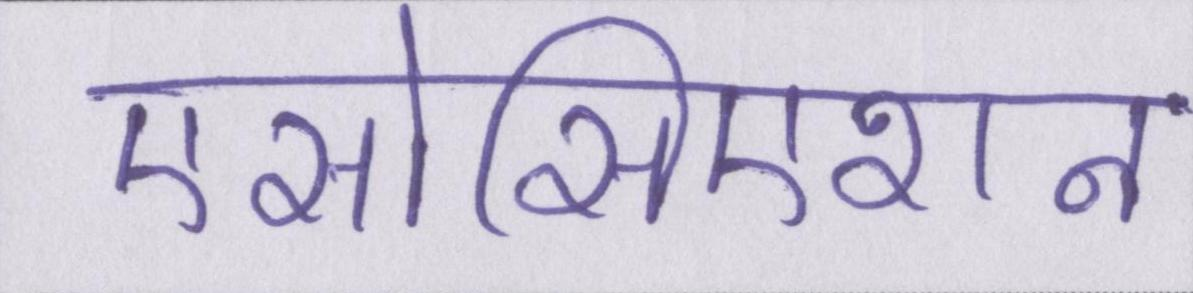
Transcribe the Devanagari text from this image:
एसोसिएशन